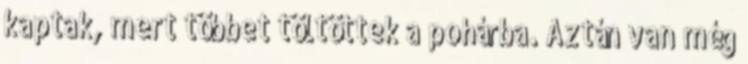
kaptak, mert többet töltöttek a pohárba. Aztán van még